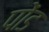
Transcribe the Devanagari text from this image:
पोंड